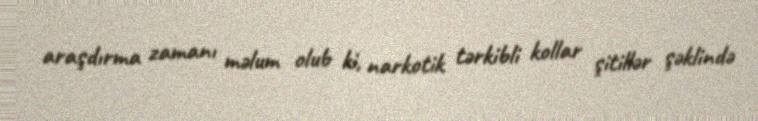
araşdırma zamanı məlum olub ki, narkotik tərkibli kollar şitillər şəklində